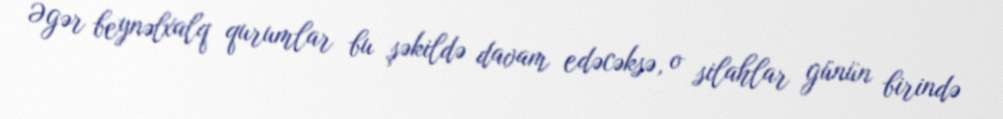
Əgər beynəlxalq qurumlar bu şəkildə davam edəcəksə, o silahlar günün birində